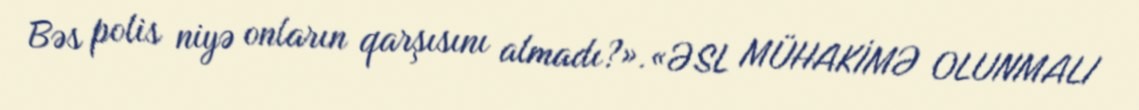
Bəs polis niyə onların qarşısını almadı?».«ƏSL MÜHAKİMƏ OLUNMALI